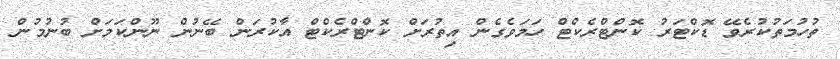
ތުހުމަތުކުރެވޭ ޑޮކްޓަރު ކޮންޓްރެކްޓް ހަމަވެގެން އިތުރަށް ކޮންޓްރެކްޓް އާކުރަން ބޭނުން ނޫންކަމަށް ބުނުމުން